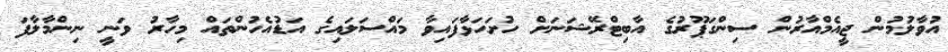
އުވާލުމުން ޖީއެމްއާރުން ސިންގަޕޫރުގެ އާބިޓްރޭޝަނަށް ހުށަހަޅާފައިވާ މައްސަލައިގެ އަޑުއެހުންތައް މިހާރު ވަނީ ނިންމާލާފަ